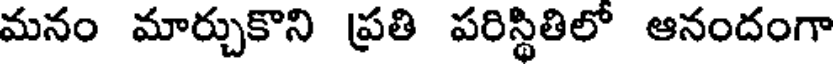
మనం మార్చుకొని ప్రతి పరిస్థితిలో ఆనందంగా